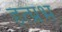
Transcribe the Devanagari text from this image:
हत्प्रभ